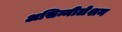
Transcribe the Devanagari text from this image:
असिम्मीलेशन